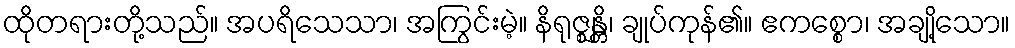
ထိုတရားတို့သည်။ အပရိသေသာ၊ အကြွင်းမဲ့။ နိရုဇ္ဈန္တိ၊ ချုပ်ကုန်၏။ ဧကစ္စော၊ အချို့သော။